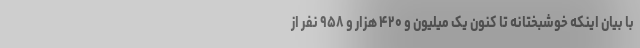
با بیان اینکه خوشبختانه تا کنون یک میلیون و ۴۲۰ هزار و ۹۵۸ نفر از